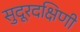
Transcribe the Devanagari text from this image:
सुदूरदक्षिणी